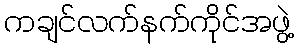
ကချင်လက်နက်ကိုင်အဖွဲ့